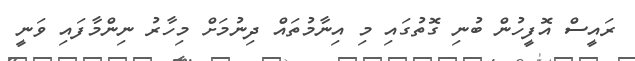
ރައީސް އޮފީހުން ބުނި ގޮތުގައި މި އިނާމުތައް ދިނުމަށް މިހާރު ނިންމާފައި ވަނީ